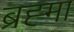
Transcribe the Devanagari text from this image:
ब्रह्‍मा